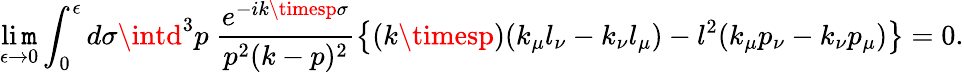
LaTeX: \operatorname*{li\mathtt{m}}_{\epsilon\to0}\int_{0}^{\epsilon}d\sigma\intd^{3}p~\frac{{e^{-ik\timesp\sigma}}}{{p^{2}(k-p)^{2}}}\left\{ (k\timesp)(k_{\mu}l_{\nu}-k_{\nu}l_{\mu})-l^{2}(k_{\mu}p_{\nu}-k_{\nu}p_{\mu})\right\} =0.